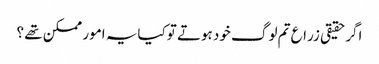
اگرحقیقی زراع تم لوگ خود ہوتے توکیایہ امور ممکن تھے ؟